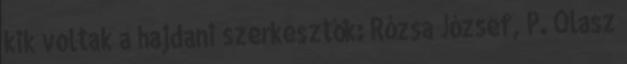
kik voltak a hajdani szerkesztők: Rózsa József, P. Olasz